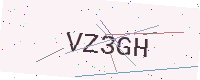
Text: VZ3GH